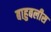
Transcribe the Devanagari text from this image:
बाहुबलीस